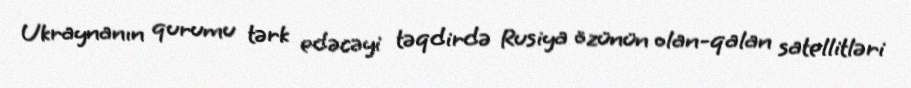
Ukraynanın qurumu tərk edəcəyi təqdirdə Rusiya özünün olan-qalan satellitləri